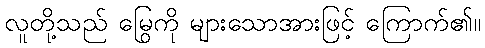
လူတို့သည် မြွေကို များသောအားဖြင့် ကြောက်၏။